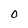
Character: 0